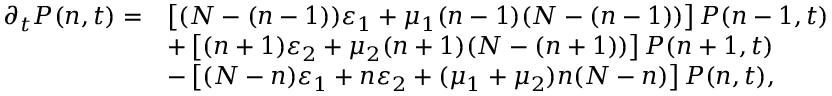
\begin{array} { r l } { \partial _ { t } P ( n , t ) = } & { \left[ ( N - ( n - 1 ) ) \varepsilon _ { 1 } + \mu _ { 1 } ( n - 1 ) ( N - ( n - 1 ) ) \right] P ( n - 1 , t ) } \\ & { + \left[ ( n + 1 ) \varepsilon _ { 2 } + \mu _ { 2 } ( n + 1 ) ( N - ( n + 1 ) ) \right] P ( n + 1 , t ) } \\ & { - \left[ ( N - n ) \varepsilon _ { 1 } + n \varepsilon _ { 2 } + ( \mu _ { 1 } + \mu _ { 2 } ) n ( N - n ) \right] P ( n , t ) , } \end{array}